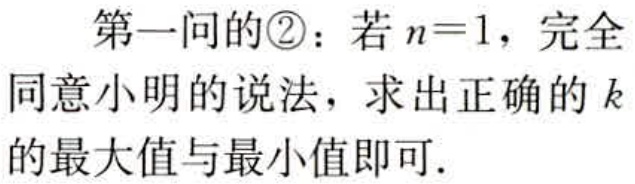
第一问的\textcircled{2}：若\(n = 1\)，完全同意小明的说法，求出正确的\(k\)的最大值与最小值即可.